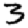
Digit: 3